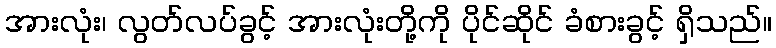
အားလုံး၊ လွတ်လပ်ခွင့် အားလုံးတို့ကို ပိုင်ဆိုင် ခံစားခွင့် ရှိသည်။